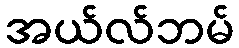
အယ်လ်ဘမ်